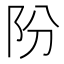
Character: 𨸣